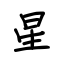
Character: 星